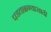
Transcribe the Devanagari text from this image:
पडताळण्यासाठी